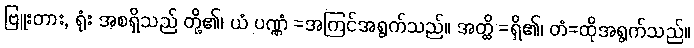
ဗြူးတား, ရုံး အစရှိသည် တို့၏၊ ယံ ပဏ္ဏံ =အကြင်အရွက်သည်။ အတ္ထိ =ရှိ၏၊ တံ=ထိုအရွက်သည်။